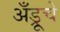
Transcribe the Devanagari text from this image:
अँड्रूचे